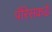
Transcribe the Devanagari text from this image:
पॅरिसकडे